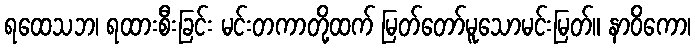
ရထေသဘ၊ ရထားစီးခြင်း မင်းတကာတို့ထက် မြတ်တော်မူသောမင်းမြတ်။ နာဝိကော၊